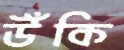
উঁকি